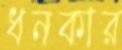
ধনকার